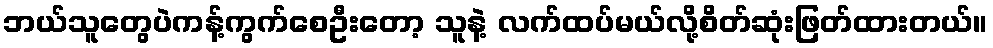
ဘယ်သူတွေပဲကန့်ကွက်စေဦးတော့ သူနဲ့ လက်ထပ်မယ်လို့စိတ်ဆုံးဖြတ်ထားတယ်။